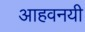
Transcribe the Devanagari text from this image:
आहवनयी